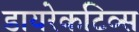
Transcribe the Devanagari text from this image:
डायरेकटिव्स